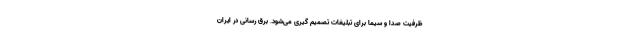
ظرفیت صدا و سیما برای تبلیغات تصمیم گیری می‌شود. برق رسانی در ایران